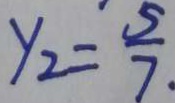
y _ { 2 } = \frac { 5 } { 7 }